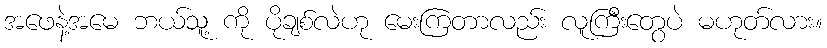
အဖေနဲ့အမေ ဘယ်သူ့ ကို ပိုချစ်လဲဟု မေးကြတာလည်း လူကြီးတွေပဲ မဟုတ်လား။